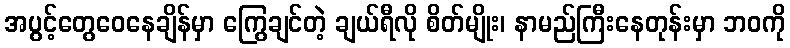
အပွင့်တွေဝေနေချိန်မှာ ကြွေချင်တဲ့ ချယ်ရီလို စိတ်မျိုး၊ နာမည်ကြီးနေတုန်းမှာ ဘဝကို